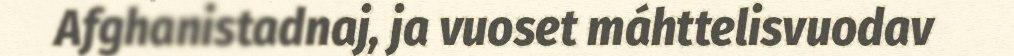
Afghanistadnaj, ja vuoset máhttelisvuodav